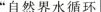
”自然界水循环